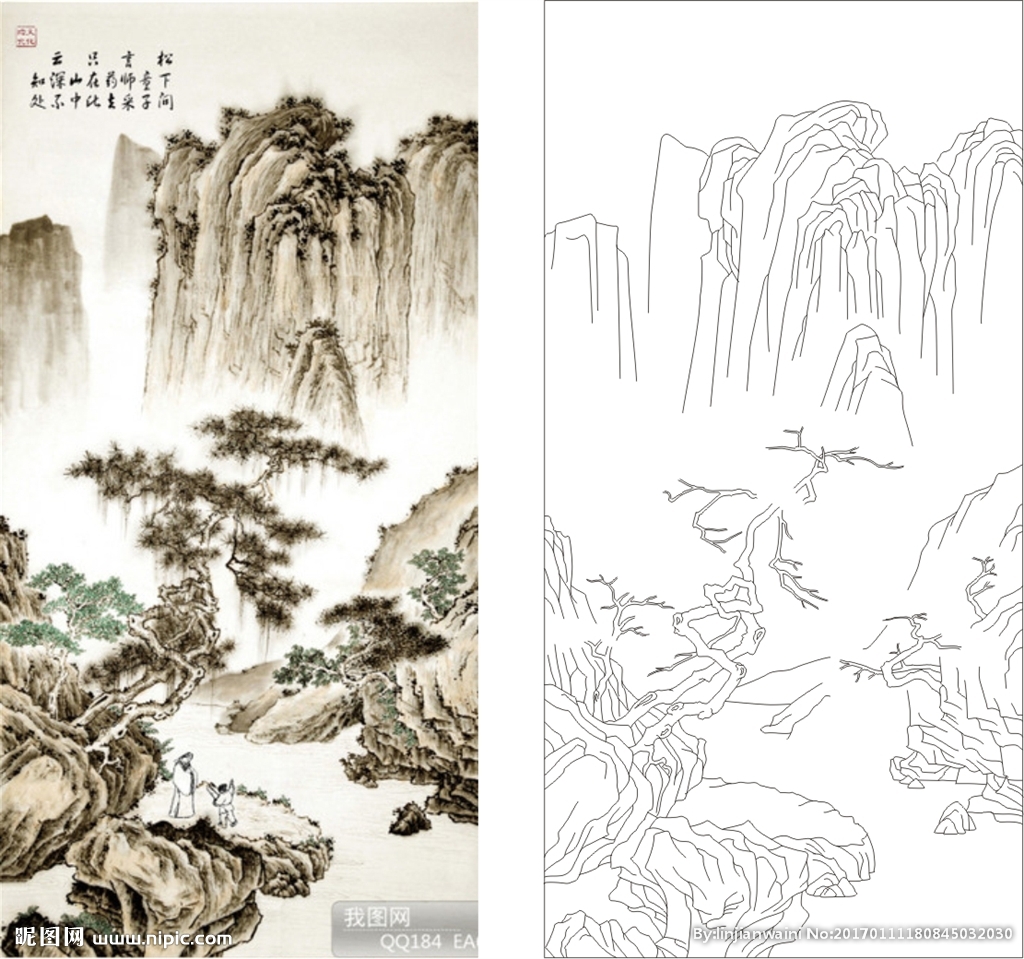
一者，阶于道，几于神。